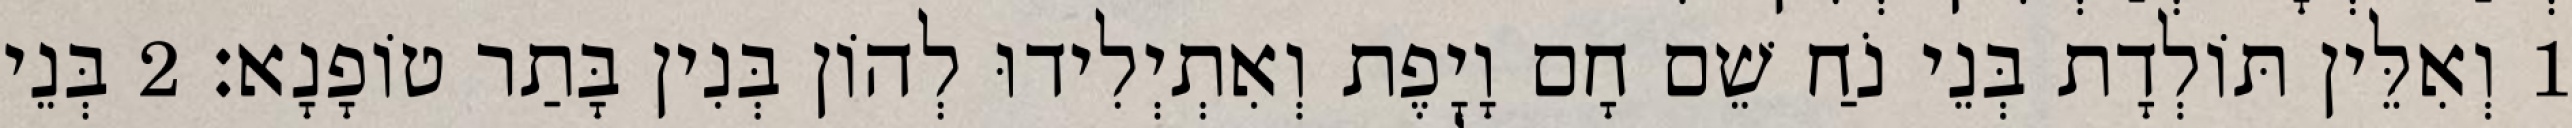
1 וְאִלֵּין תּוֹלְדָת בְּנֵי נֹחַ שֵׁם חָם וָיָפֶת וְאִתְיְלִידוּ לְהוֹן בְּנִין בָּתַר טוֹפָנָא׃ 2 בְּנֵי